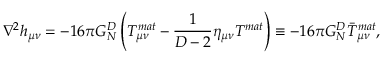
\nabla ^ { 2 } h _ { \mu \nu } = - 1 6 \pi G _ { N } ^ { D } \left( T _ { \mu \nu } ^ { m a t } - { \frac { 1 } { D - 2 } } \eta _ { \mu \nu } T ^ { m a t } \right) \equiv - 1 6 \pi G _ { N } ^ { D } \bar { T } _ { \mu \nu } ^ { m a t } ,